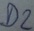
Text: D2